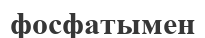
фосфатымен